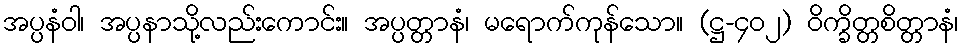
အပ္ပနံဝါ၊ အပ္ပနာသို့လည်းကောင်း။ အပ္ပတ္တာနံ၊ မရောက်ကုန်သော။ (ဋ္ဌ-၄၀၂) ဝိက္ခိတ္တစိတ္တာနံ၊